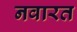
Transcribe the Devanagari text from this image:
नवारत